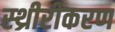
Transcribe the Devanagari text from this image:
स्थ्रीरीकरण